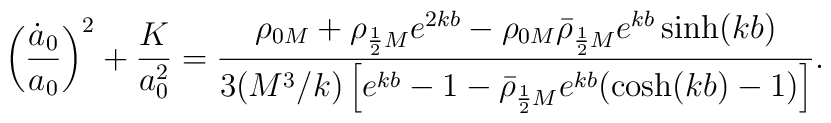
\left(\frac{\dot a_0}{a_0}\right)^2+\frac{K}{a_0^2} =\frac{\rho_{0M}+\rho_{\frac12M}e^{2kb}-\rho_{0M}\bar\rho_{\frac12M}e^{kb}\sinh(kb)}{3(M^3/k)\left[e^{kb}-1-\bar\rho_{\frac12M}e^{kb}(\cosh(kb)-1)\right]}.